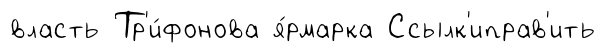
власть Тр'и́фонова я́рмарка Ссылк'иправ'ить